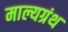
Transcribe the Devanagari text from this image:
माल्यग्रंथ